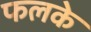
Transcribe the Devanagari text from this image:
फलके